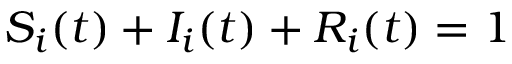
S _ { i } ( t ) + I _ { i } ( t ) + R _ { i } ( t ) = 1